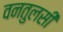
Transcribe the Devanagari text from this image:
वनतुलसी